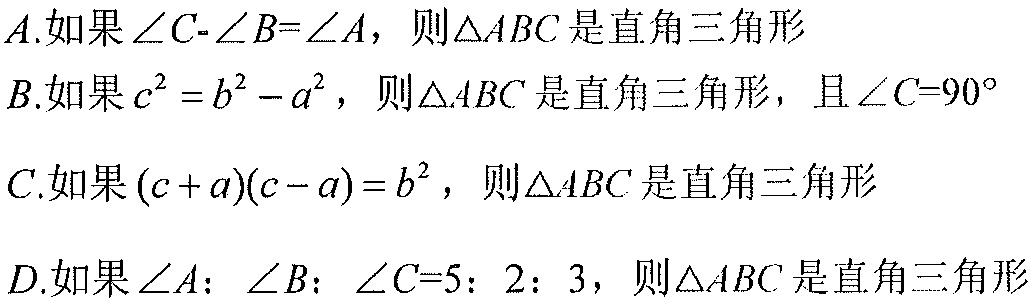
\(A.\)如果\(\angle C - \angle B=\angle A\)，则\(\triangle ABC\)是直角三角形
\(B.\)如果\(c^{2}=b^{2}-a^{2}\)，则\(\triangle ABC\)是直角三角形，且\(\angle C = 90^{\circ}\)
\(C.\)如果\((c + a)(c - a)=b^{2}\)，则\(\triangle ABC\)是直角三角形
\(D.\)如果\(\angle A:\angle B:\angle C = 5:2:3\)，则\(\triangle ABC\)是直角三角形